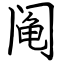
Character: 阄